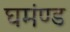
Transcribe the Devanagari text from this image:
घमंण्ड